Report on the metropolitan horse fairs and district horse shows of 1892-93 - 1892-1893
Year: 1892
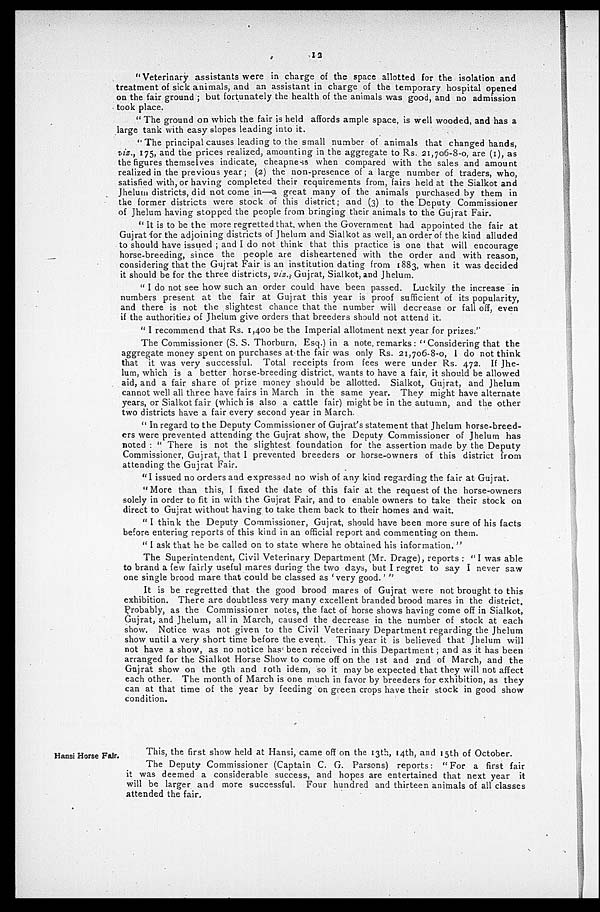
12
" Veterinary assistants were in charge of the space allotted for the isolation and
treatment of sick animals, and an assistant in charge of the temporary hospital opened
on the fair ground; but fortunately the health of the animals was good, and no admission
took place.
" The ground on which the fair is held affords ample space, is well wooded, and has a
large tank with easy slopes leading into it.
" The principal causes leading to the small number of animals that changed hands,
viz., 175, and the prices realized, amounting in the aggregate to Rs. 21,706-8-0, are ( 1 ), as
the figures themselves indicate, cheapness when compared with the sales and amount
realized in the previous year ; (2) the non-presence of a large number of traders, who,
satisfied with, or having completed their requirements from, fairs held at the Sialkot and
Jhelum districts, did not come in—a great many of the animals purchased by them in
the former districts were stock of this district; and (3) to the Deputy Commissioner
of Jhelum having stopped the people from bringing their animals to the Gujrat Fair.
" It is to be the more regretted that, when the Government had appointed the fair at
Gujrat for the adjoining districts of Jhelum and Sialkot as well, an order of the kind alluded
to should have issued; and I do not think that this practice is one that will encourage
horse-breeding, since the people are disheartened with the order and with reason,
considering that the Gujrat Fair is an institution dating from 1883, when it was decided
it should be for the three districts, viz., Gujrat, Sialkot, and Jhelum.
" I do not see how such an order could have been passed. Luckily the increase in
numbers present at the fair at Gujrat this year is proof sufficient of its popularity,
and there is not the slightest chance that the number will decrease or fall off, even
if the authorities of Jhelum give orders that breeders should not attend it.
"I recommend that Rs. 1,400 be the Imperial allotment next year for prizes."
The Commissioner (S. S. Thorburn, Esq.) in a note, remarks: " Considering that the
aggregate money spent on purchases at the fair was only Rs. 21,706-8-0, I do not think
that it was very successful. Total receipts from fees were under Rs. 472. If Jhe-
lum, which is a better horse-breeding district, wants to have a fair, it should be allowed
aid, and a fair share of prize money should be allotted. Sialkot, Gujrat, and Jhelum
cannot well all three have fairs in March in the same year. They might have alternate
years, or Sialkot fair (which is also a cattle fair) might be in the autumn, and the other
two districts have a fair every second year in March.
" In regard to the Deputy Commissioner of Gujrat's statement that Jhelum horse-breed-
ers were prevented attending the Gujrat show, the Deputy Commissioner of Jhelum has
noted: "There is not the slightest foundation for the assertion made by the Deputy
Commissioner, Gujrat, that I prevented breeders or horse-owners of this district from
attending the Gujrat Fair.
" I issued no orders and expressed no wish of any kind regarding the fair at Gujrat.
" More than this, I fixed the date of this fair at the request of the horse-owners
solely in order to fit in with the Gujrat Fair, and to enable owners to take their stock on
direct to Gujrat without having to take them back to their homes and wait.
" I think the Deputy Commissioner, Gujrat, should have been more sure of his facts
before entering reports of this kind in an official report and commenting on them.
"I ask that he be called on to state where he obtained his information."
The Superintendent, Civil Veterinary Department (Mr. Drage), reports : " I was able
to brand a few fairly useful mares during the two days, but I regret to say I never saw
one single brood mare that could be classed as 'very good.'"
It is be regretted that the good brood mares of Gujrat were not brought to this
exhibition. There are doubtless very many excellent branded brood mares in the district.
Probably, as the Commissioner notes, the fact of horse shows having come off in Sialkot,
Gujrat, and Jhelum, all in March, caused the decrease in the number of stock at each
show. Notice was not given to the Civil Veterinary Department regarding the Jhelum
show until a very short time before the event. This year it is believed that Jhelum will
not have a show, as no notice has been received in this Department; and as it has been
arranged for the Sialkot Horse Show to come off on the 1st and 2nd of March, and the
Gujrat show on the 9th and 10th idem, so it may be expected that they will not affect
each other. The month of March is one much in favor by breeders for exhibition, as they
can at that time of the year by feeding on green crops have their stock in good show
condition.
Hansi Horse Fair.
This, the first show held at Hansi, came off on the 13th, 14th, and 15th of October.
The Deputy Commissioner (Captain C. G. Parsons) reports: "For a first fair
it was deemed a considerable success, and hopes are entertained that next year it
will be larger and more successful. Four hundred and thirteen animals of all classes
attended the fair.